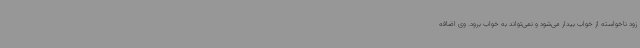
زود ناخواسته از خواب بیدار می‌شود و نمی‌تواند به خواب برود. وی اضافه